Plague in India, 1896, 1897 - Volume 3
Year: 1896
Disease focus: Plague
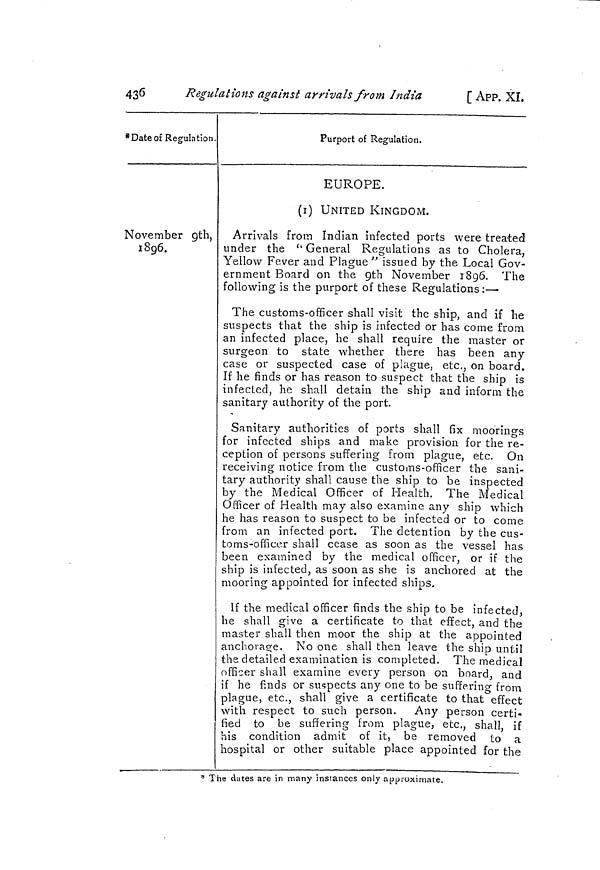
430
Regulations against arrivals from India
[ App. XÍ.
*Dateoî Regulation.
November gth,
1896.
Purport of Regulation.
EUROPE.
(i) UNITED KINGDOM.
Arrivals from Indian infected ports were treated
under the (1 General Regulations as to Cholera,
Yellow Fever and Plague " issued by the Local Gov-
ernment Board on the Qth November 1896. The
following is the purport of these Regulations : — •
The customs-officer shall visit the ship, and if he
suspects that the ship is infected or has come from
an infected place, he shall require the master or
surgeon to state whether there has been any
case or suspected case of plague, etc., on board.
If he finds or has reason to suspect that the ship is
infected, he shall detain the ship and inform the
sanitary authority of the port.
Sanitary authorities of ports shall fix moorings
for infected ships and make provision for the re-
ception of persons suffering from plague, etc. On
receiving notice from the customs-officer the sani-
tary authority shall cause the ship to be inspected
by the Medical Officer of Health. The Medical
Officer of Health may also examine any ship which
he has reason to suspect to be infected or to come
from an infected port. The detention by the cus-
toms-officer shall cease as soon as the vessel has
been examined by the medical officer, or if the
ship is infected, as soon as she is anchored at the
mooring appointed for infected ships.
If the medical officer finds the ship to be infected,
he shall give a certificate to that effect, and the
master shall then moor the ship at the appointed
anchorage. No one shall then leave the ship until
the detailed examination is completed. The medical
officer shall examine every person on board, and
if he finds or suspects any one to be suffering from
plague, etc., shall give a certificate to that effect
with respect to such person. Any person certi-
fied to be suffering from plague, etc., shall, if
his condition admit of it, be removed to a
hospital or other suitable place appointed for the
* The dates are in many instances only approximate,